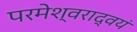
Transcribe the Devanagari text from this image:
परमेश्वराद्वयं